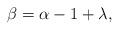
LaTeX: \begin{align*} \beta = \alpha -1+\lambda,\end{align*}